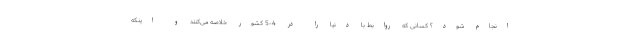
انجام شود؟ کسانی که روابط با دنیا را در 4-5 کشور خلاصه می‌کنند و اینکه